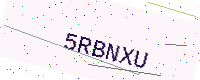
Text: 5RBNXU